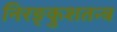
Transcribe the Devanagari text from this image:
निरङ्कुशतन्त्र